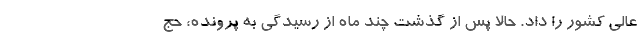
عالی کشور را داد. حالا پس از گذشت چند ماه از رسیدگی به پرونده، حج